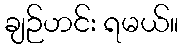
ချဉ်ဟင်း ရမယ်။